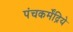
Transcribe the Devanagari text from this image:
पंचकर्मेंद्रिये